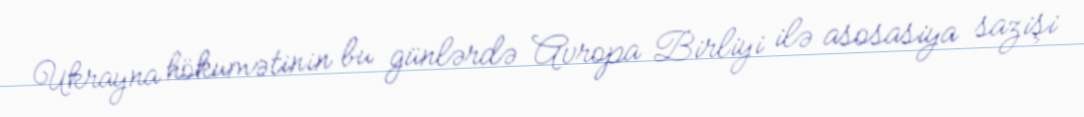
Ukrayna hökumətinin bu günlərdə Avropa Birliyi ilə asosasiya sazişi